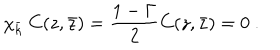
\chi _ { \bar { k } } \; C ( z , \bar { z } ) = { \frac { 1 - \Gamma } { 2 } } C ( z , \bar { z } ) = 0 \ .